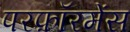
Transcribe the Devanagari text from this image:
परफ़ॉरमेंस